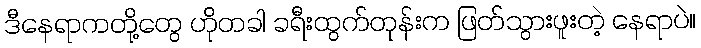
ဒီနေရာကတို့တွေ ဟိုတခါ ခရီးထွက်တုန်းက ဖြတ်သွားဖူးတဲ့ နေရာပဲ။